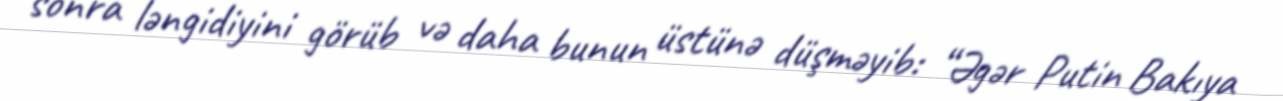
sonra ləngidiyini görüb və daha bunun üstünə düşməyib: “Əgər Putin Bakıya